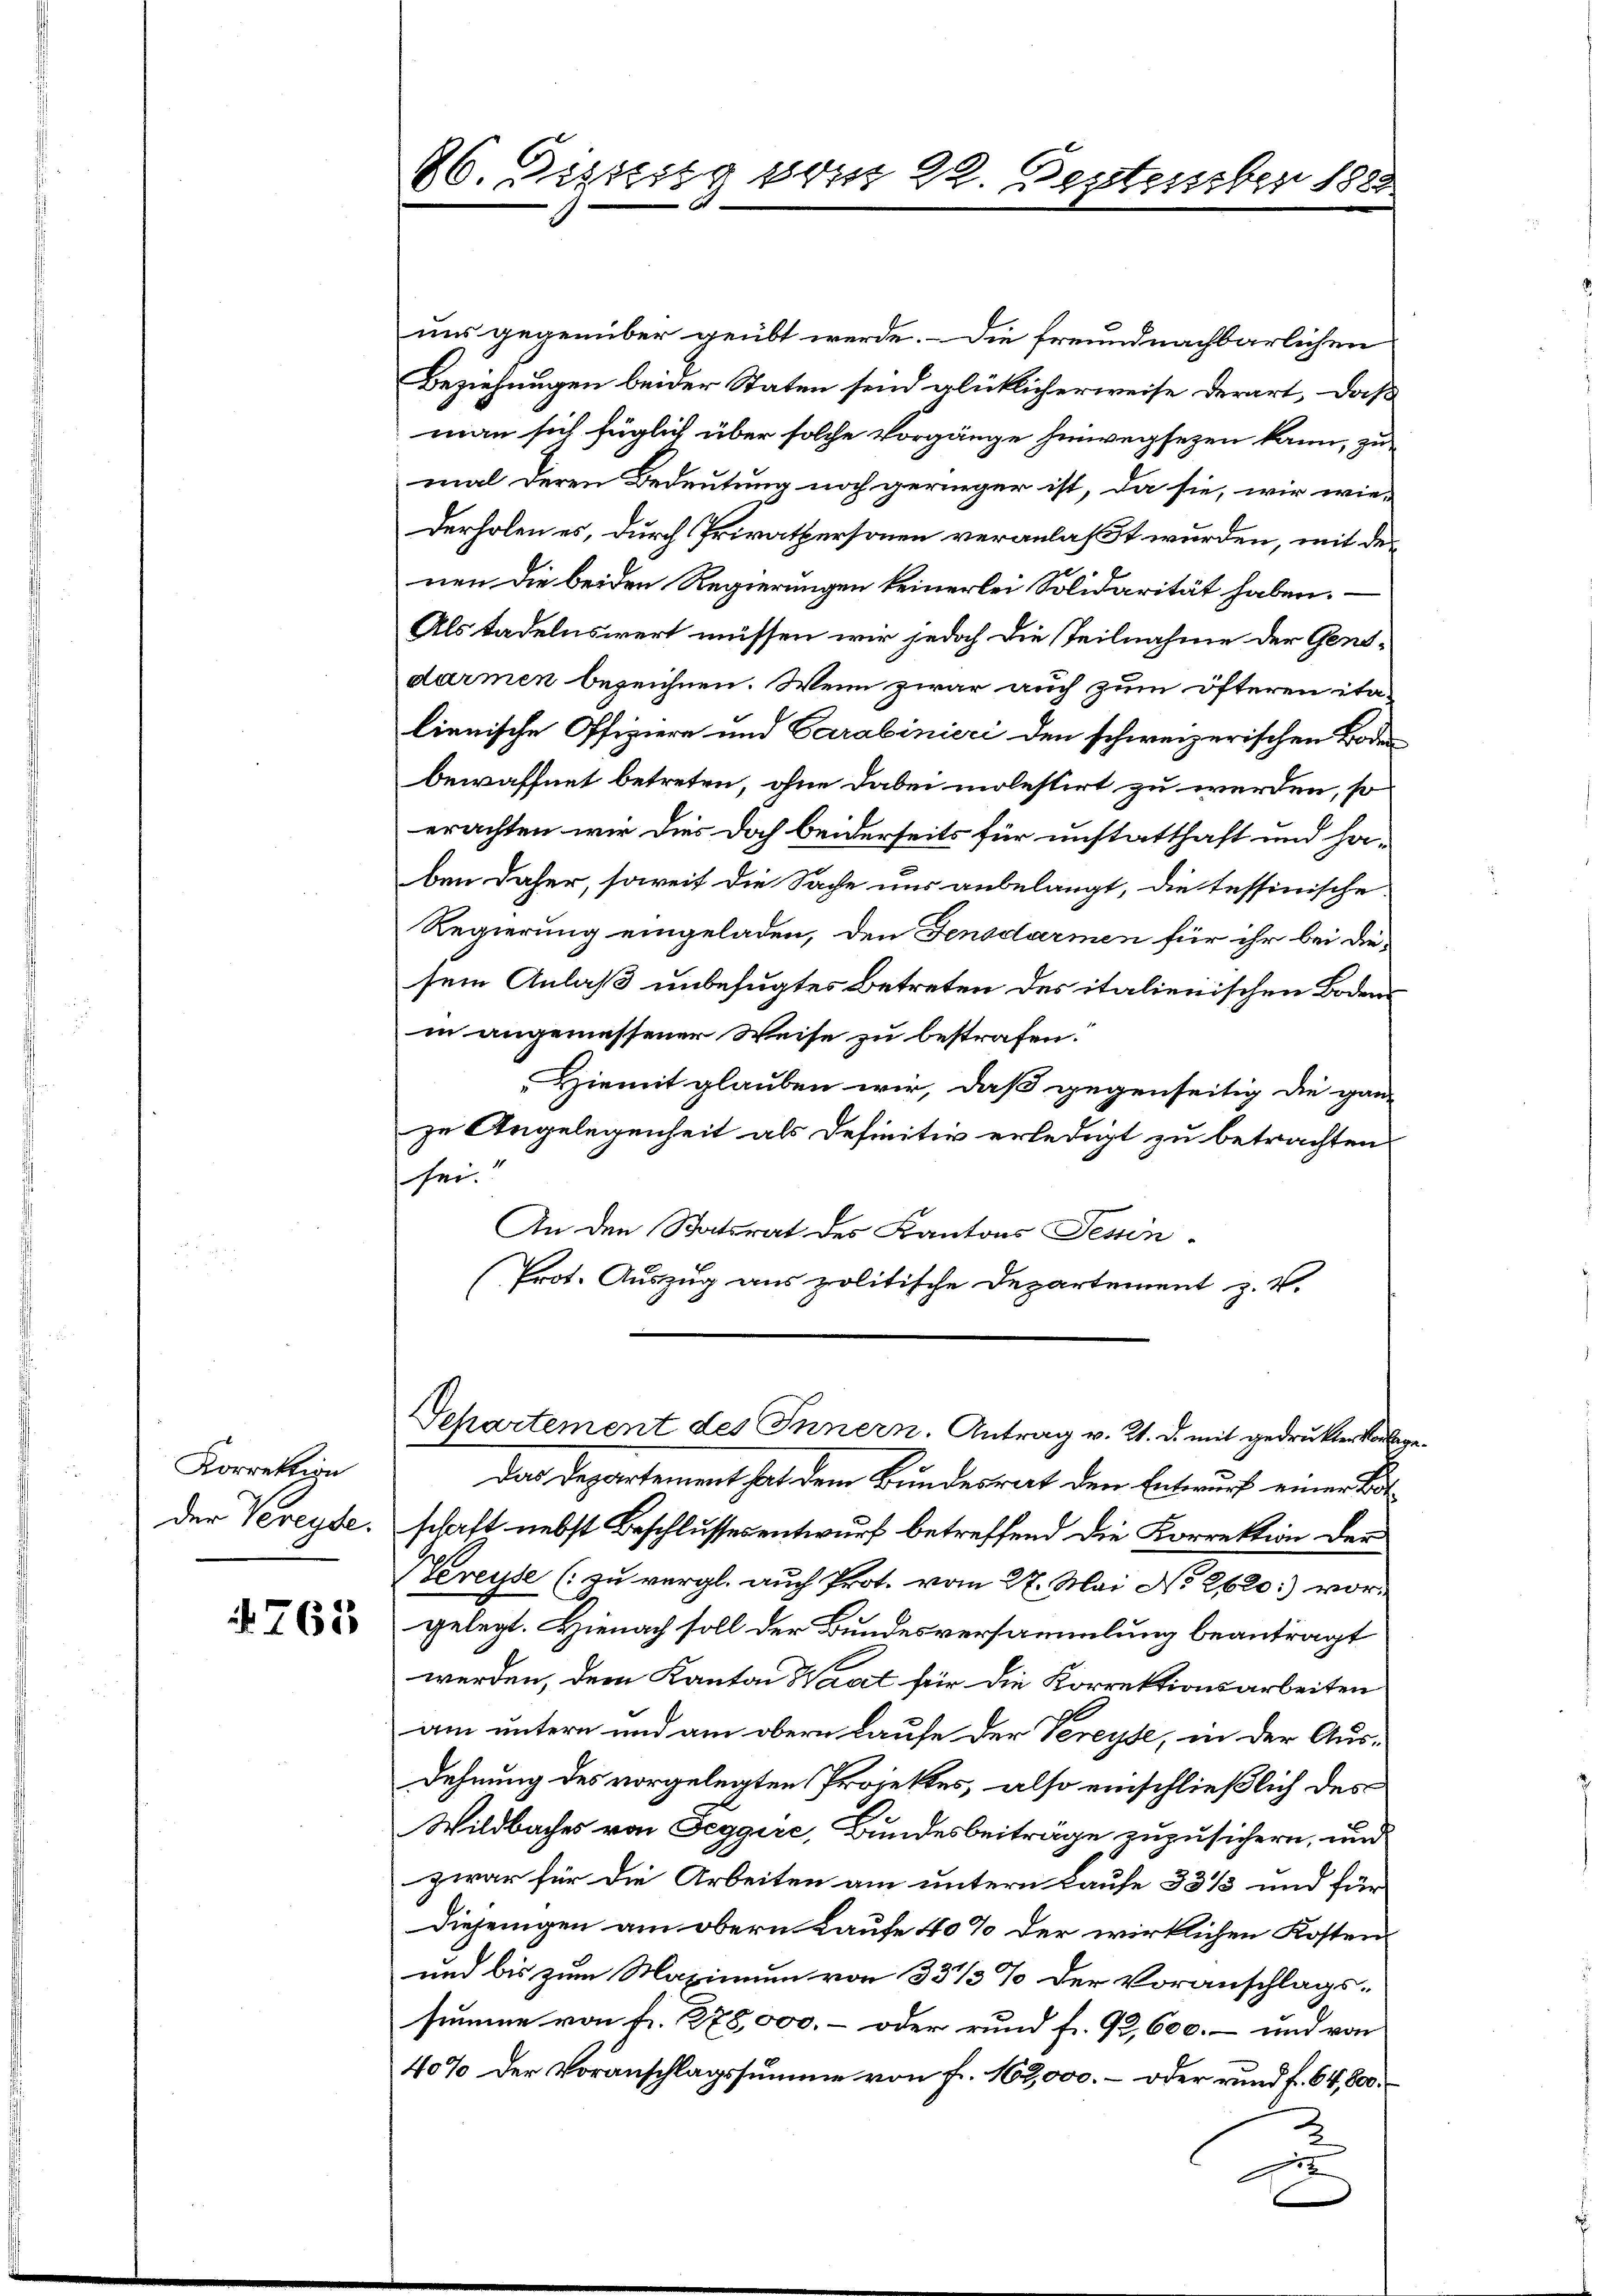
Korrektion
der Vereyde.

765

26. Dissetz vom 29. September 1888

uns gegenüber geübt werde. Die freundnachbarlichen
Beziehungen beider Staten sind glücklicherweise derart, daß
man sich füglich über solche Vorgänge hinwegsezen kann, zu
mal deren Bedeutung noch geringer ist, da sie, wir wie-
derholen es, durch Privatpersonen veranlaßt wurden, mit der
nen die beiden Regierungen keinerlei Solidarität haben.
Als tadelnswert müssen wir jedoch die Teilnahme der Gentdarmen bezeichnen. Wenn zwar auch zum öfteren ita-
lienische Offiziere und Carabinieri den schweizerischen Boden
bewaffnet betreten, ohne dabei molestirt zu werden, so
erachten wir dies doch beiderseits für unstatthaft und haben daher, soweit die Sache uns anbelangt, die tessinische
Regierung eingeladen, den Fensdarmen für ihr bei diesein Anlaß unbefugtes Betreten des italienischen Bodens
in angemessener Weise zu bestrafen.
Hiemit glauben wir, daß gegenseitig die ganz
zu Angelegenheit als Definitiv erledigt zu betrachten
sei.
An den Statsrat des Kantons Tessin
Prot. Auszug aus politische Departement z. V.
Departement des Innern. Antrag v. 21. d. mit gedruckten Vorlage
Das Departement hat dem Bundesrat den Entwurf einer B
schaft nebst Beschlussesentwurf betreffend die Korrektion der
Kereyse (zu vergl. auch Prot. vom 27. Mai No 2620.) vor-
gelegt. Hienach soll der Bundesversammlung beantragt
werden, dem Kanton Waat für die Korrektionsarbeiten
am untern und am obern Laufe der Vereyte, in der Aus-
dehnung des vorgelegten Projektes, also einschließlich des
Wildbaches von Seggire, Bundesbeiträge zuzusichern, und
zwar für die Arbeiten am untern Laufe 33 1/3 und für
Diejenigen am obern Laufe 40% der wirklichen Kosten¬
und bis zum Maximum von 33 1/3% der Voranschlags-
summe von fr. 278,000.- oder rund fr. 92, 600.- und von
40% der Voranschlagssumme von fr. 162,000. – oder rund f. 64,800.
d